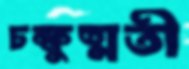
চক্ষুষ্মতী